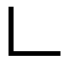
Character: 𠃊